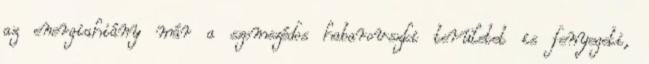
az energiahiány már a szomszédos habarovszki területet is fenyegeti,